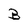
Character: B